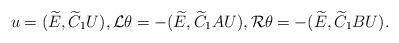
LaTeX: \begin{align*}u= (\widetilde E, \widetilde C_1U),{\mathcal L}\theta =-(\widetilde E, \widetilde C_1AU),{\mathcal R}\theta =-(\widetilde E, \widetilde C_1BU).\end{align*}